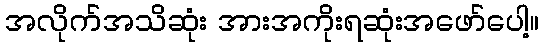
အလိုက်အသိဆုံး အားအကိုးရဆုံးအဖော်ပေါ့။